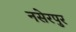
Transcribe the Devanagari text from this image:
नसेरपुर